画像に写った文字を読んでください
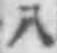
「八」と書いてあります